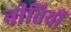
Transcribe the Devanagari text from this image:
नीतियौं